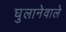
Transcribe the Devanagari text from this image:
घुलानेवाले